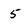
Character: 5